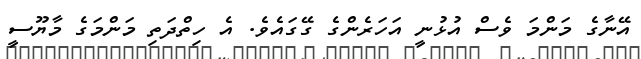
އޭނާގެ މަންމަ ވެސް އުޅުނީ އަހަރެންގެ ގޭގައެވެ. އެ ހިތްދަތި މަންމަގެ މާޔޫސީ